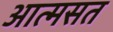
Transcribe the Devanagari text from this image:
आत्मसत